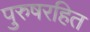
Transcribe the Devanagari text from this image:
पुरुषरहित